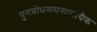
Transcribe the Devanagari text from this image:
युगबोधसमसामयिक